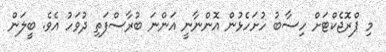
މި ޕްރޮޖެކްޓަށް ހިސާބު ހުށަހެޅުން އޮންނާނީ އަންނަ ބުރާސްފަތި ދުވަހު އެވެ. ބީލަން